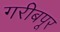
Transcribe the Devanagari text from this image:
गरीबपूर